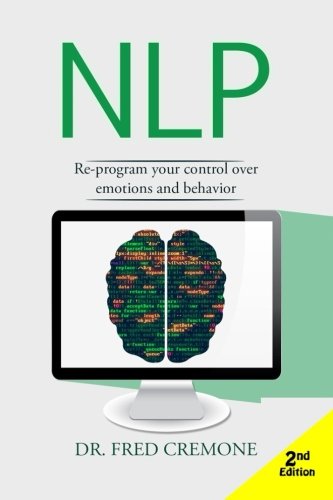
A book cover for NLP: Neuro Linguistic Programming: - 2nd Edition: Re-program your control over emotions and behavior; Dr. Fred Cremone; Self-Help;